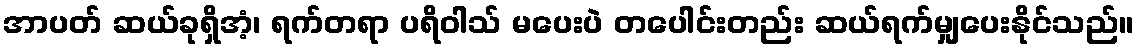
အာပတ် ဆယ်ခုရှိအံ့၊ ရက်တရာ ပရိဝါသ် မပေးပဲ တပေါင်းတည်း ဆယ်ရက်မျှပေးနိုင်သည်။